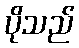
ပိုသည်